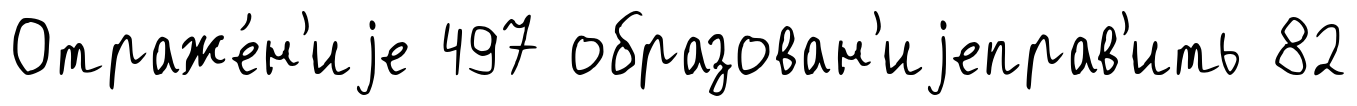
Отраже́н'иjе 497 образован'иjеправ'ить 82